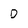
Character: D